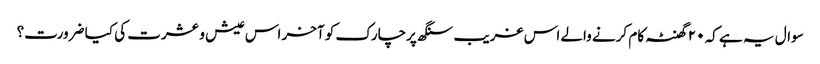
سوال یہ ہے کہ ۲۰ گھنٹہ کام کرنے والے اس غریب سنگھ پرچارک کو آخر اس عیش و عشرت کی کیا ضرورت؟